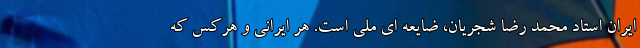
ایران استاد محمد رضا شجریان، ضایعه ای ملی است. هر ایرانی و هرکس که